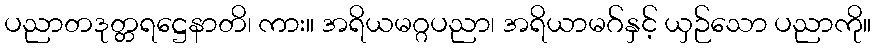
ပညာတဒုတ္တရဋ္ဌေနာတိ၊ ကား။ အရိယမဂ္ဂပညာ၊ အရိယာမဂ်နှင့် ယှဉ်သော ပညာကို။